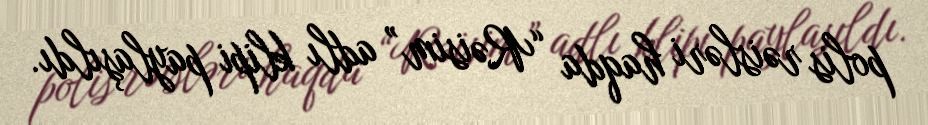
polis rəisləri haqda “Rəisim” adlı klipi paylaşıldı.